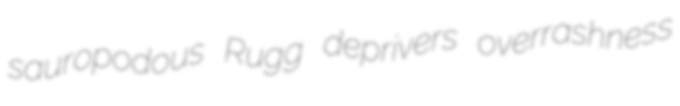
sauropodous Rugg deprivers overrashness